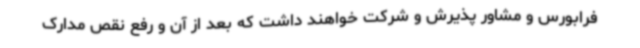
فرابورس و مشاور پذیرش و شرکت خواهند داشت که بعد از آن و رفع نقص مدارک